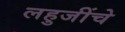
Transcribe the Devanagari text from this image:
लहुजींचे